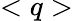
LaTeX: <q>